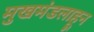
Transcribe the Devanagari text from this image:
मुखमंडलाहून